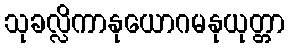
သုခလ္လိကာနုယောဂမနုယုတ္တာ